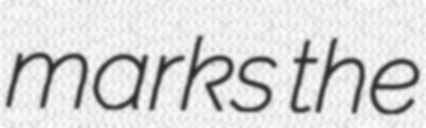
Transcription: marks the